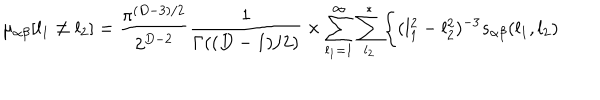
LaTeX: \mu _ { \alpha \beta } [ l _ { 1 } \neq l _ { 2 } ] = { \frac { \pi ^ { ( D - 3 ) / 2 } } { 2 ^ { D - 2 } } } { \frac { 1 } { \Gamma ( ( D - 1 ) / 2 ) } } \times \sum _ { l _ { 1 } = 1 } ^ { \infty } \sum _ { l _ { 2 } } ^ { * } \Biggl \{ ( l _ { 1 } ^ { 2 } - l _ { 2 } ^ { 2 } ) ^ { - 3 } s _ { \alpha \beta } ( l _ { 1 } , l _ { 2 } )